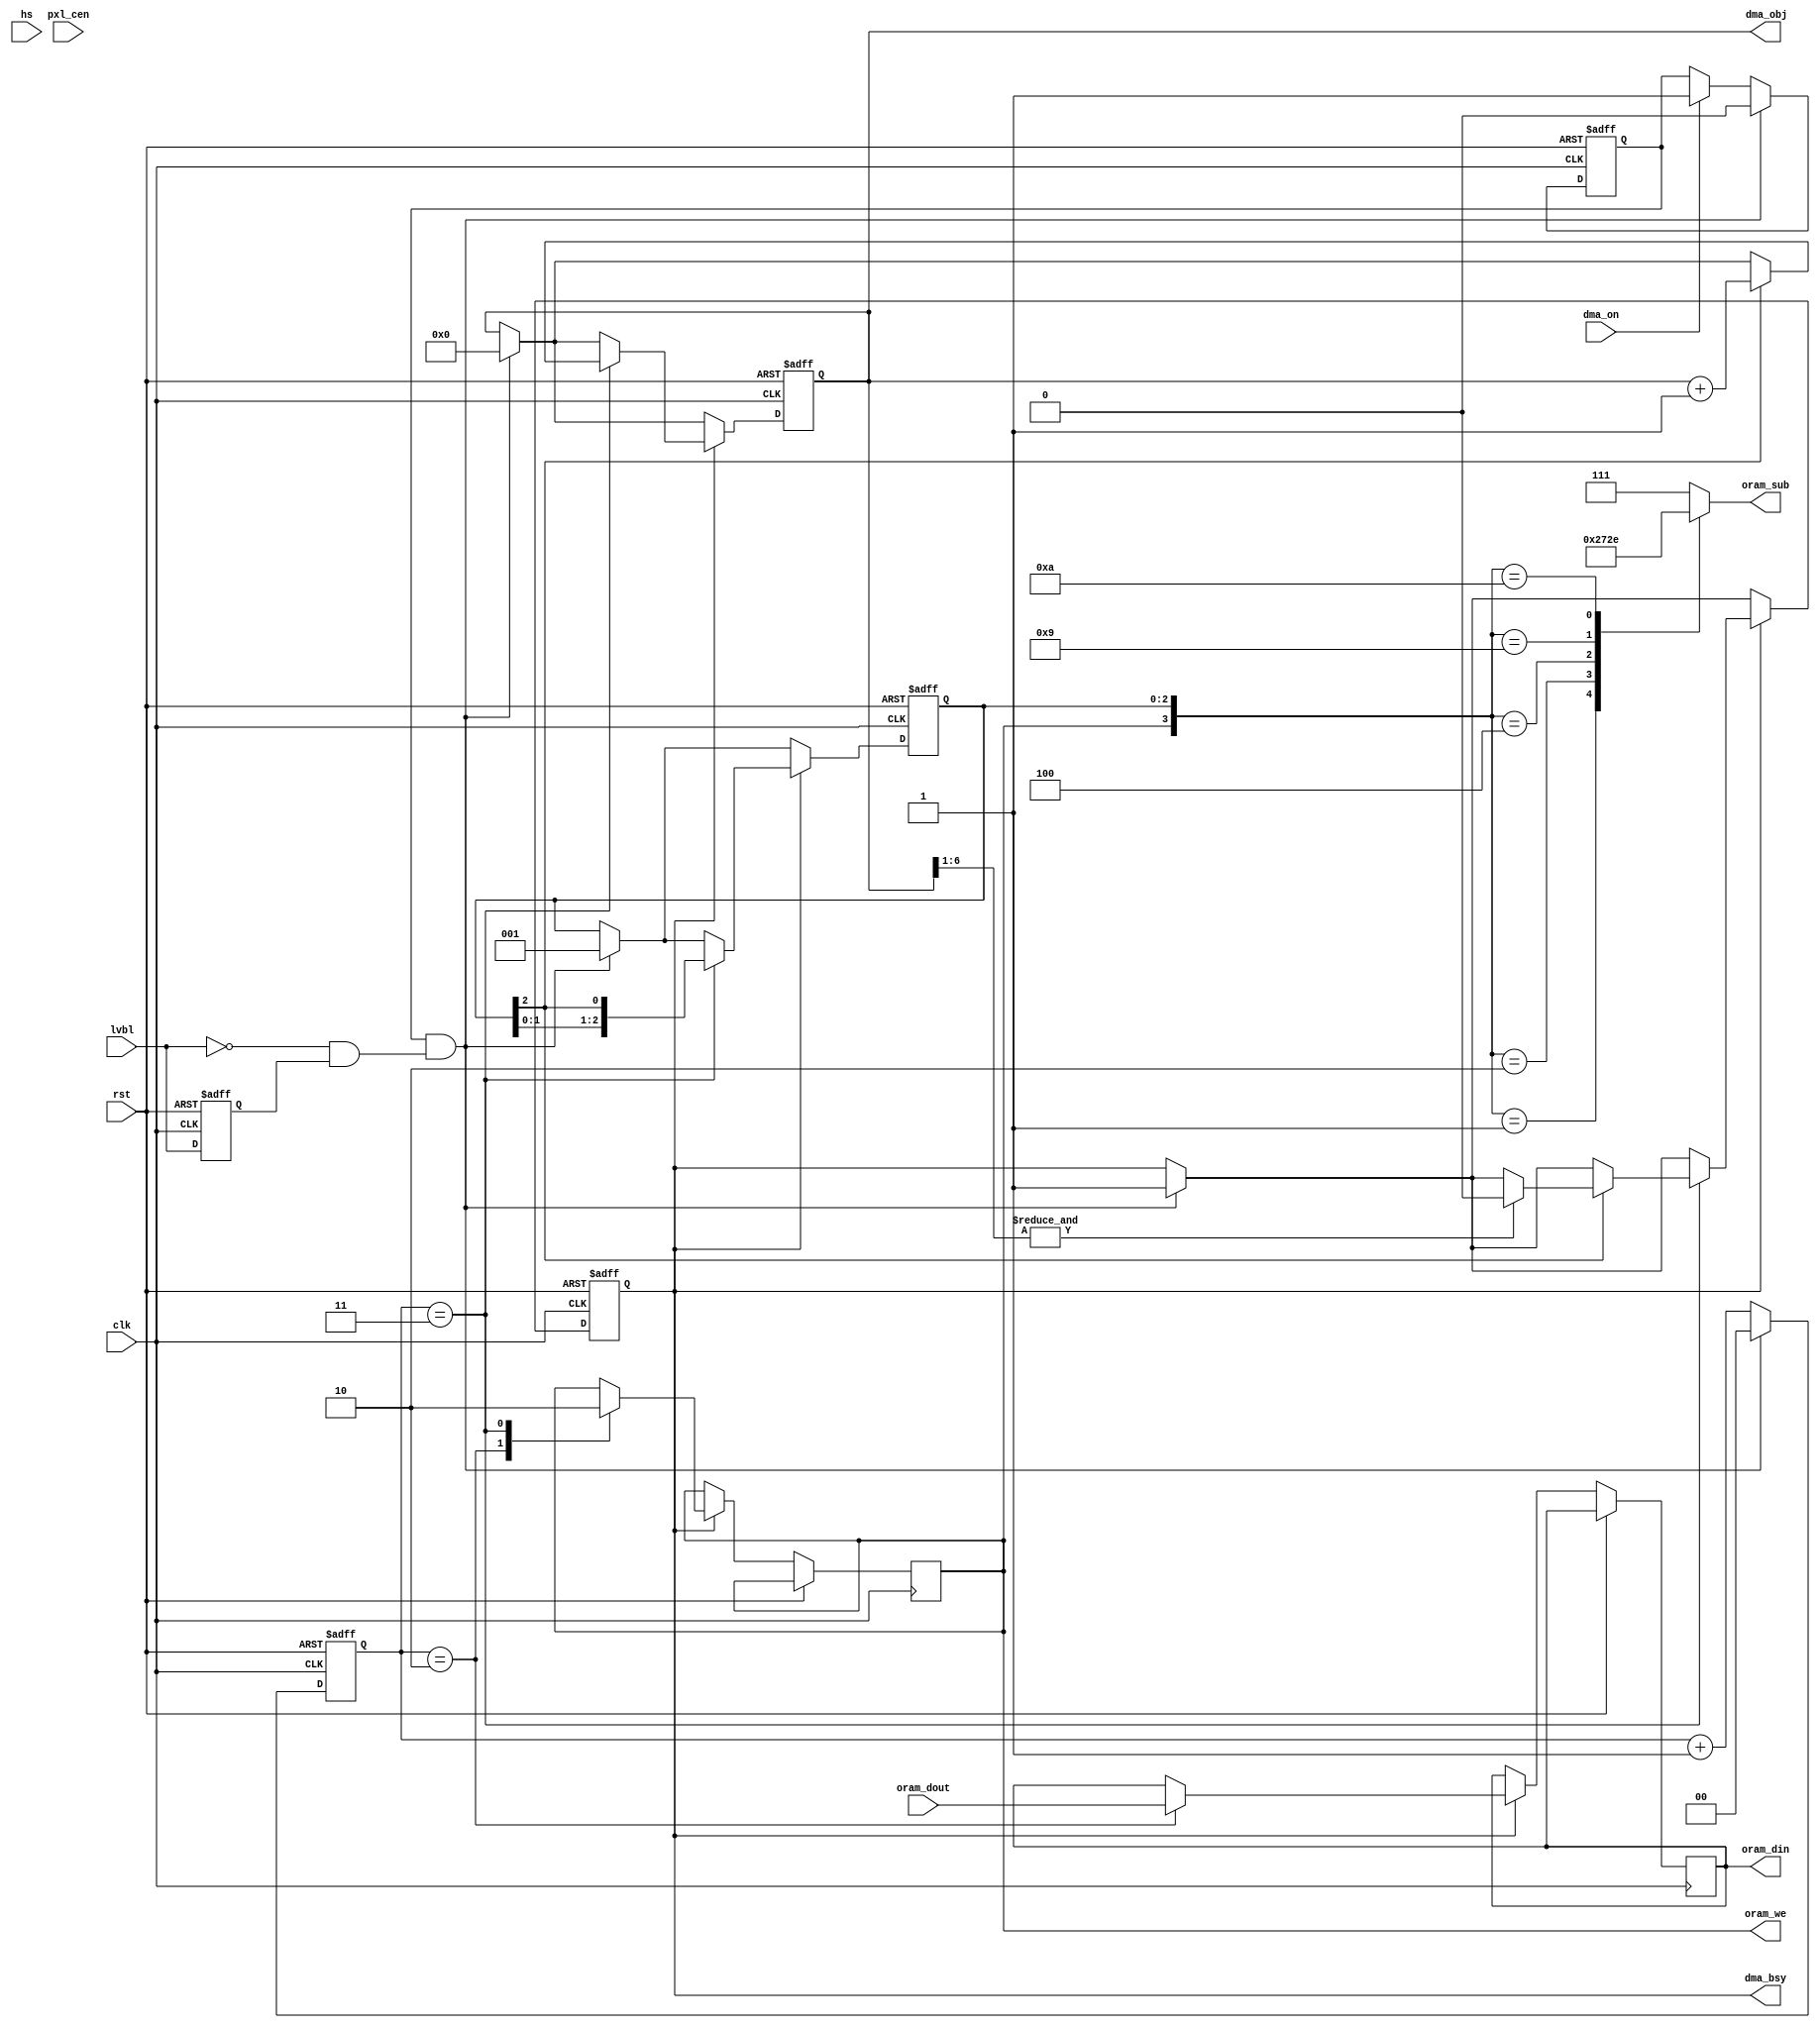
/*  This file is part of JTCORES.
    JTCORES program is free software: you can redistribute it and/or modify
    it under the terms of the GNU General Public License as published by
    the Free Software Foundation, either version 3 of the License, or
    (at your option) any later version.

    JTCORES program is distributed in the hope that it will be useful,
    but WITHOUT ANY WARRANTY; without even the implied warranty of
    MERCHANTABILITY or FITNESS FOR A PARTICULAR PURPOSE.  See the
    GNU General Public License for more details.

    You should have received a copy of the GNU General Public License
    along with JTCORES.  If not, see <http://www.gnu.org/licenses/>.

    Author: Jose Tejada Gomez. Twitter: @topapate
    Version: 1.0
    Date: 30-3-2024 */

module jtshouse_obj_dma(
    input             rst,
    input             clk,

    input             pxl_cen,    
    input             lvbl,
    input             hs,
    input             dma_on,
    output reg        dma_bsy,
    // Video RAM
    output reg [ 6:0] dma_obj,
    output reg [ 2:0] oram_sub,
    input      [15:0] oram_dout,
    output reg        oram_we,
    output reg [15:0] oram_din
);

// DMA
reg         nx_dma, lvbl_l;
reg  [ 2:0] dma_sub;
reg  [ 1:0] dma_st;
wire        vb_edge;

assign vb_edge = ~lvbl & lvbl_l;

// DMA - sequence length NOT measured on PCB yet
always @* begin
    case( {oram_we, dma_sub} )
        4'b0_001: oram_sub = 3'b010; // 4-5
        4'b0_010: oram_sub = 3'b011; // 6-7
        4'b0_100: oram_sub = 3'b100; // 8-9

        4'b1_001: oram_sub = 3'b101; // 10-11
        4'b1_010: oram_sub = 3'b110; // 12-13
        4'b1_100: oram_sub = 3'b111; // 14-15
        default:  oram_sub = 3'b111;
    endcase
end

always @(posedge clk, posedge rst) begin
    if( rst ) begin
        nx_dma   <= 0;
        dma_bsy  <= 0;
        dma_st   <= 0;
        dma_obj  <= 0;
        dma_sub  <= 0;
        lvbl_l   <= 0;
    end else begin
        dma_st <= dma_st+2'd1;
        lvbl_l <= lvbl;

        if( dma_on `ifdef SIMSCENE || (hs&&lvbl) `endif ) nx_dma <= 1;
        if( nx_dma && vb_edge ) begin
            nx_dma   <= 0;
            dma_bsy  <= 1;
            dma_st   <= 0;
            dma_obj  <= 0;
            dma_sub  <= 1;
        end
        if( dma_bsy ) case(dma_st)
            2: begin
                oram_din <= oram_dout;
                oram_we  <= 1;
            end
            3: begin
                oram_we <= 0;
                if( dma_sub[2] ) begin
                    dma_obj <= dma_obj+7'd1;
                    if( &dma_obj[6:1] ) dma_bsy <= 0;
                end
                dma_sub <= { dma_sub[1:0], dma_sub[2] };
            end
            default:;
        endcase
    end
end

endmodule